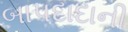
બાપદાદાની